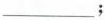
___；